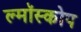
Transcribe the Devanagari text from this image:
ल्मॉस्कोप